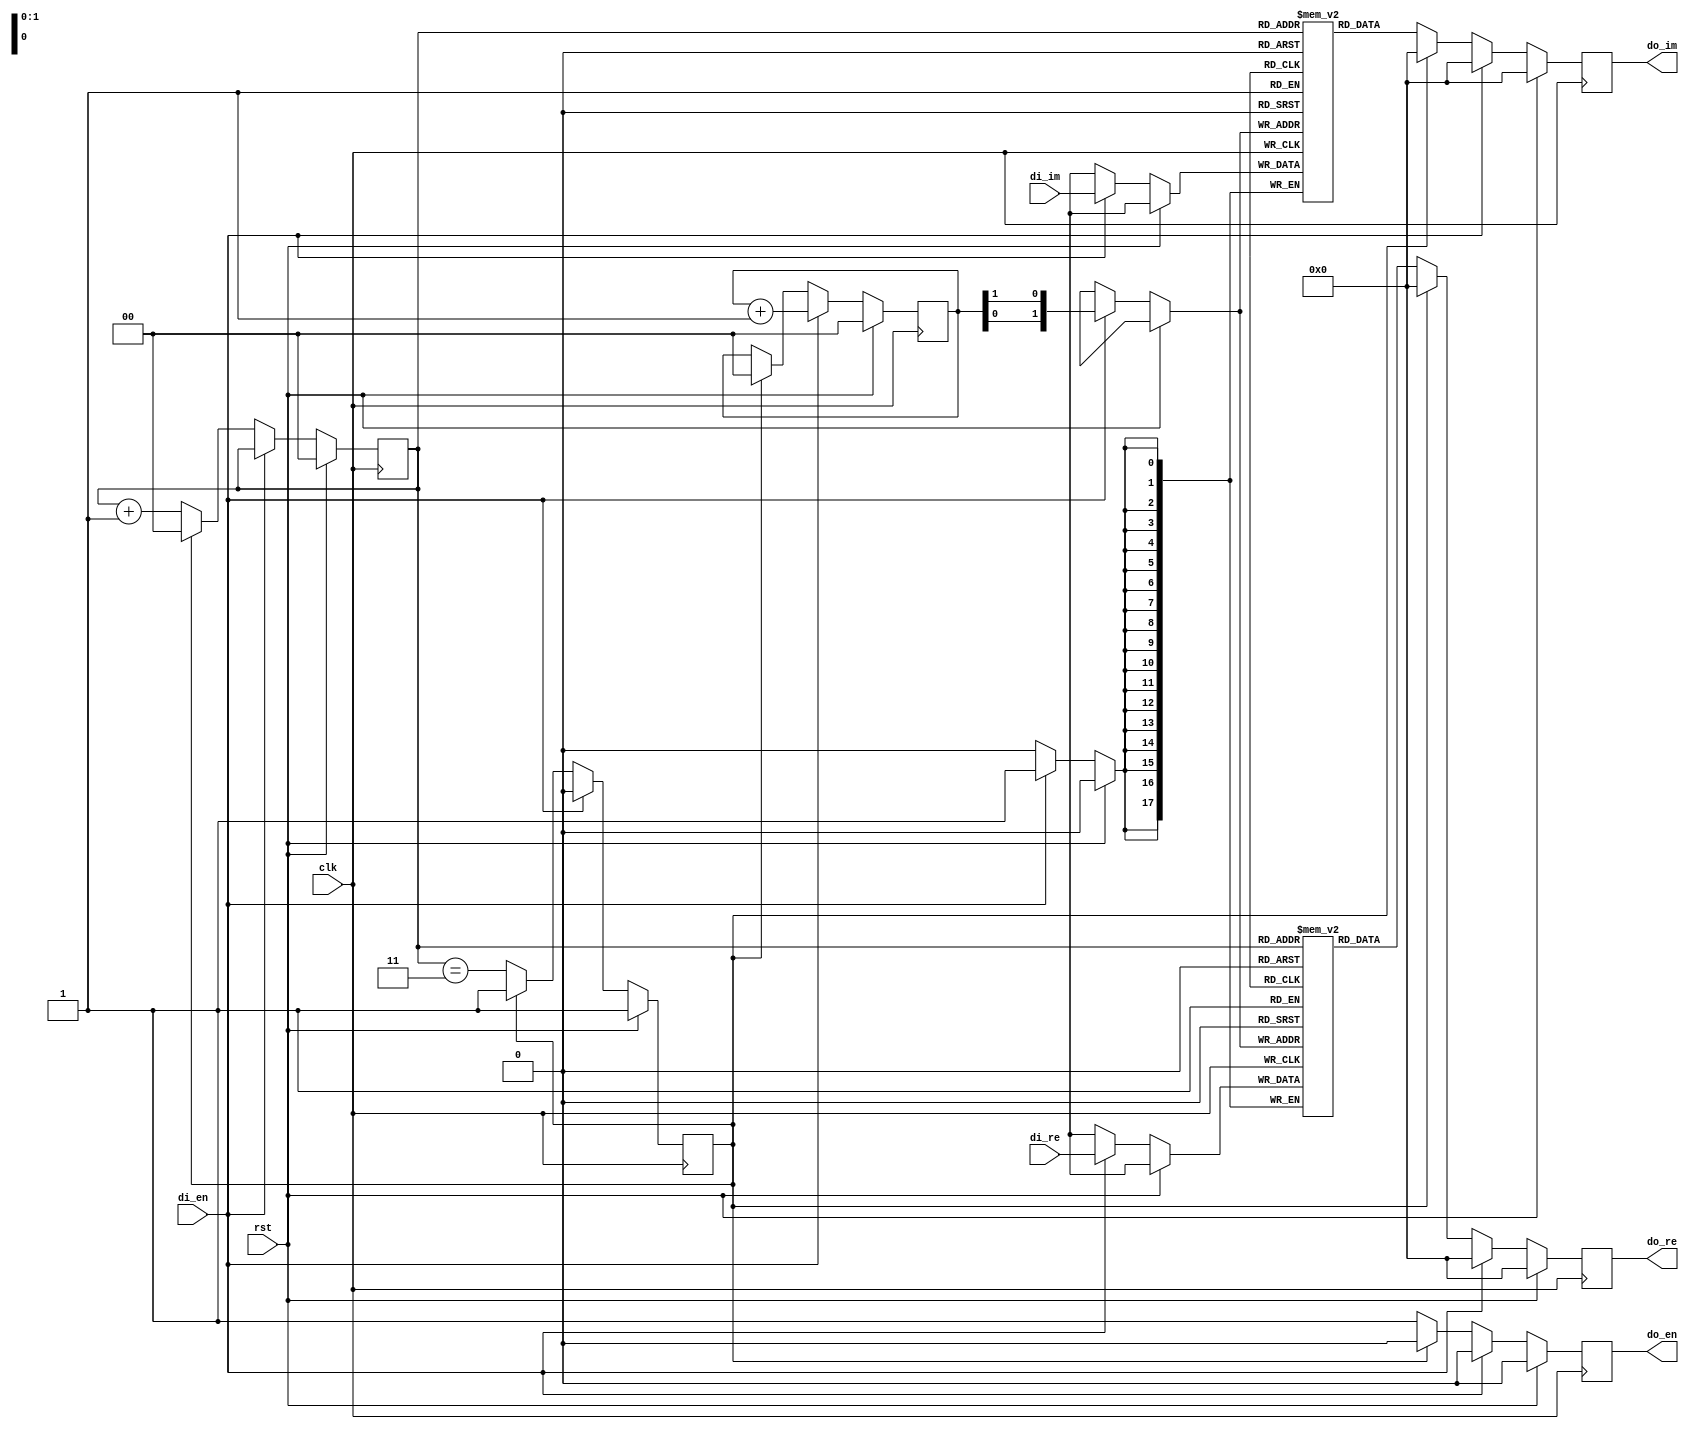
module reorder4 #(
    parameter WIDTH=18
)(
    input clk,rst,
    input signed [WIDTH-1:0] di_re,di_im,
    input di_en,
    output reg signed [WIDTH-1:0] do_re,do_im,
    output reg do_en
    
);
    reg [WIDTH-1:0] mem_re [0:3];
    reg [WIDTH-1:0] mem_im [0:3];
    reg done;
    wire[1:0] addr;
    reg [1:0] counter , di_count;


    assign addr = {di_count[0],di_count[1]};

    always @(posedge clk) begin
        if (rst) begin
            counter <= 2'b0;
            di_count <=2'b0;
            done <=1;
            do_en<=0;
            do_im<=0;
            do_re<=0;
        end
        else if (di_en) begin
            di_count <=di_count+1;
            mem_re[addr] <= di_re;
            mem_im[addr] <= di_im;
            do_re<=0;
            do_im<=0;
            done<=0;
            do_en <=0;
        end
        else if (!done) begin
            do_re <= mem_re[counter];
            do_im <= mem_im[counter];
            do_en <=1;
            counter <= counter+1;
            done<=counter==3;
        end else begin
            do_re <= 0;
            do_im <= 0;
            di_count <= 2'b0;
            counter <= 2'b0;
            done <= 1;
            do_en <=0;
        end
    end
endmodule